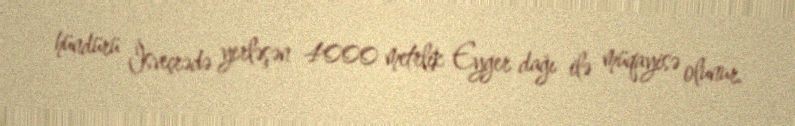
hündürü İsveçrədə yerləşən 4000 metrlik Eyger dağı ilə müqayisə olunur.